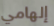
إلهامي